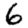
Digit: 6